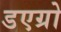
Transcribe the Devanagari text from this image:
डएग्रो